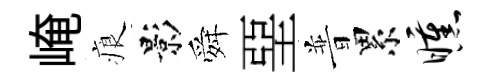
崦痕影舜堊普累曛